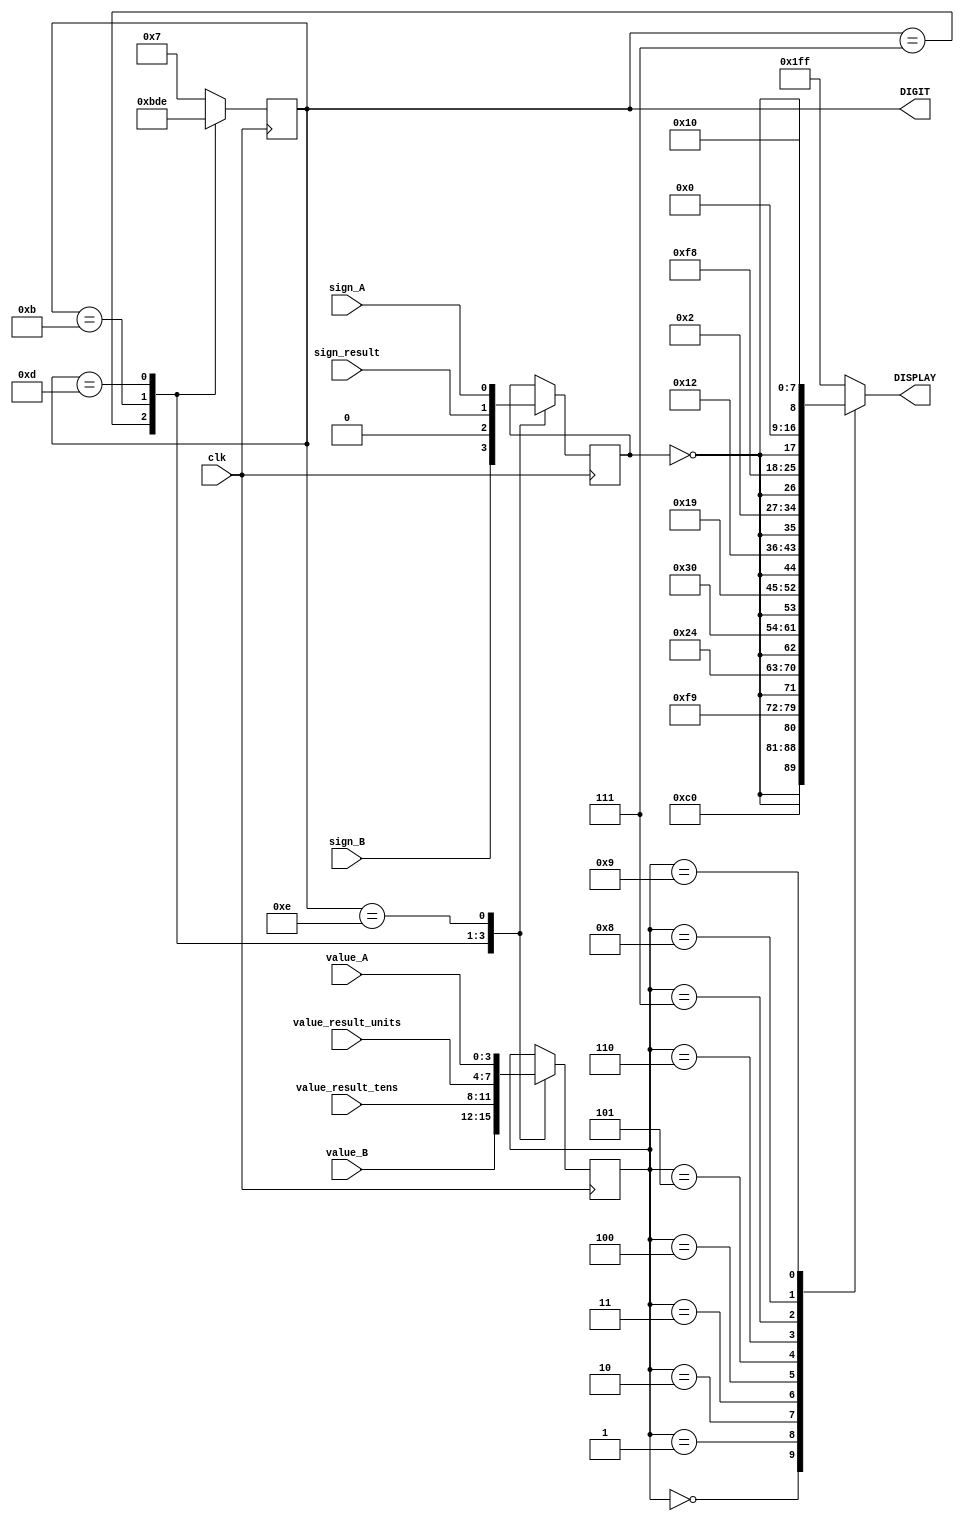
`timescale 1ns / 1ps
//////////////////////////////////////////////////////////////////////////////////
// Company: 
// Engineer: 
// 
// Design Name: 
// Module Name:    LED7SEG 
// Project Name: 
// Target Devices: 
// Tool versions: 
// Description: 
//
// Dependencies: 
//
// Revision: 
// Revision 0.01 - File Created
// Additional Comments: 
//
//////////////////////////////////////////////////////////////////////////////////
module LED7SEG(DIGIT, DISPLAY, value_A, value_B, value_result_tens, value_result_units, sign_result, sign_A, sign_B, clk);
	input clk;
	input [3:0] value_A;
	input [3:0] value_B;
	input [3:0] value_result_tens;
	input [3:0] value_result_units;
	input sign_result;
	input sign_A;
	input sign_B;
	
	output reg [3:0] DIGIT;
	output reg [8:0] DISPLAY;

	reg [3:0] value;
	reg sign;

	always @ ( posedge clk ) begin	
		case(DIGIT) 
			4'b0111: begin
				value = value_B;
				sign = sign_B;
				DIGIT <= 4'b1011;
			end
			4'b1011: begin
				value = value_result_tens;
				sign = 0;
				DIGIT <= 4'b1101;
			end
			4'b1101: begin
				value = value_result_units;
				sign = sign_result;
				DIGIT <= 4'b1110;
			end
			4'b1110: begin
				value = value_A;
				sign = sign_A;
				DIGIT <= 4'b0111;
			end
			default begin
				DIGIT <= 4'b0111;
			end
		endcase	
	end

	
	always @(*)begin 
		case (value) 
			4'h0: DISPLAY = { ~sign , 8'b11000000 };
			4'h1: DISPLAY = { ~sign , 8'b11111001 };
			4'h2: DISPLAY = { ~sign , 8'b00100100 };
			4'h3: DISPLAY = { ~sign , 8'b00110000 };
			4'h4: DISPLAY = { ~sign , 8'b00011001 };
			4'h5: DISPLAY = { ~sign , 8'b00010010 };
			4'h6: DISPLAY = { ~sign , 8'b00000010 };
			4'h7: DISPLAY = { ~sign , 8'b11111000 };
			4'h8: DISPLAY = { ~sign , 8'b00000000 };
			4'h9: DISPLAY = { ~sign , 8'b00010000 };
			default:begin
				DISPLAY = 9'b111111111;
			end
		endcase 
	end

endmodule